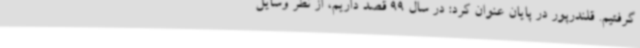
گرفتیم. قلندرپور در پایان عنوان کرد: در سال 99 قصد داریم، از نظر وسایل